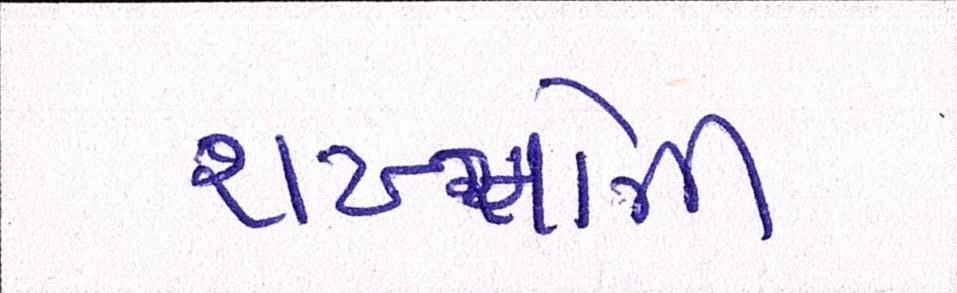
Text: શખ્સોની